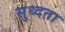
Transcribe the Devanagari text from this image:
सुध्दता